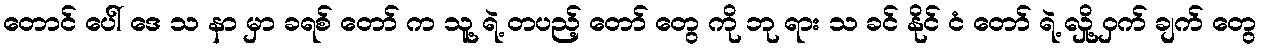
တောင် ပေါ် ဒေ သ နာ မှာ ခရစ် တော် က သူ့ ရဲ့ တပည့် တော် တွေ ကို ဘု ရား သ ခင် နိုင် ငံ တော် ရဲ့ လှို့ ဝှက် ချက် တွေ